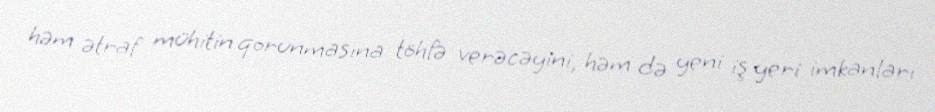
həm ətraf mühitin qorunmasına töhfə verəcəyini, həm də yeni iş yeri imkanları